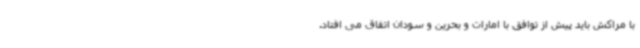
با مراکش باید پیش از توافق با امارات و بحرین و سودان اتفاق می افتاد.